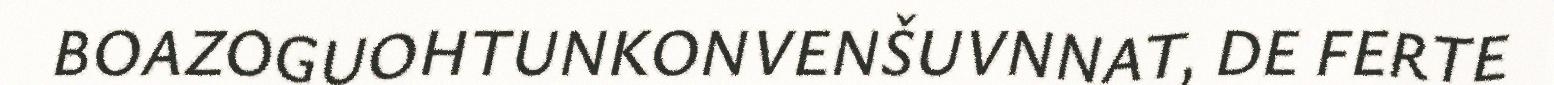
BOAZOGUOHTUNKONVENŠUVNNAT, DE FERTE